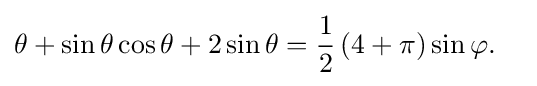
{\begin{aligned}\theta +\sin \theta \cos \theta +2\sin \theta &={\frac {1}{2}}\left(4+\pi \right)\sin \varphi .\end{aligned}}